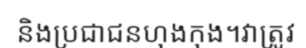
និងប្រជាជនហុងកុង។វាត្រូវ